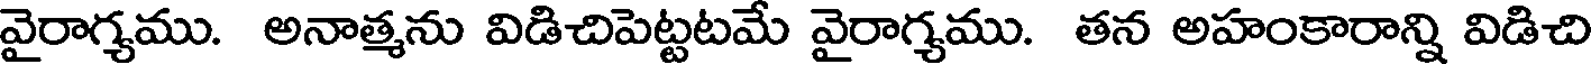
వైరాగ్యము. అనాత్మను విడిచిపెట్టటమే వైరాగ్యము. తన అహంకారాన్ని విడిచి